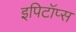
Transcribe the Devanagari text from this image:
इपिटॉप्स